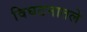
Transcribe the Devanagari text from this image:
विघटनातले